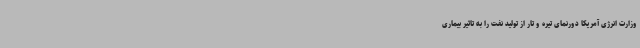
وزارت انرژی آمریکا دورنمای تیره و تار از تولید نفت را به تاثیر بیماری